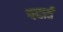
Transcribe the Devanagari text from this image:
पदार्त